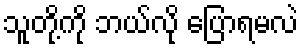
သူတို့ကို ဘယ်လို ပြောရမလဲ